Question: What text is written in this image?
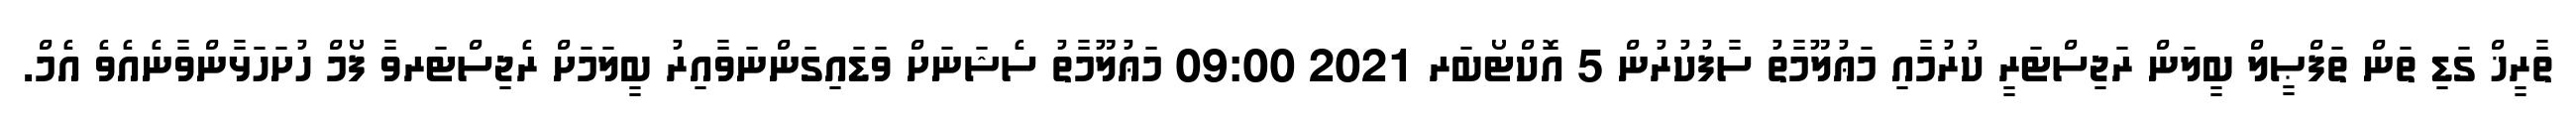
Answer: ތާރީޚް ގަޑި ތަން ތަފްޞީލް ބީލަން ރަޖިސްޓަރީ ކުރުމާއި މަޢުލޫމާތު ސާފުކުރުން 5 އޮކްޓޯބަރ 2021 09:00 މަޢުލޫމާތު ސެޝަނަށް ވަޑައިގަންނަވާއިރު ބީލަމަށް ރެޖިސްޓަރވާ ފޯމް ހުށަހަޅާންވާނެއެވެ އެމް.